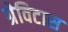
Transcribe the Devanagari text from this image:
ग्रेविटास